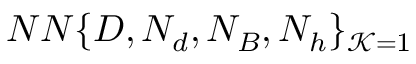
N N \{ D , N _ { d } , N _ { B } , N _ { h } \} _ { \mathcal { K } = 1 }